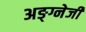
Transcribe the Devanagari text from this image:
अङ्ग्नेजी